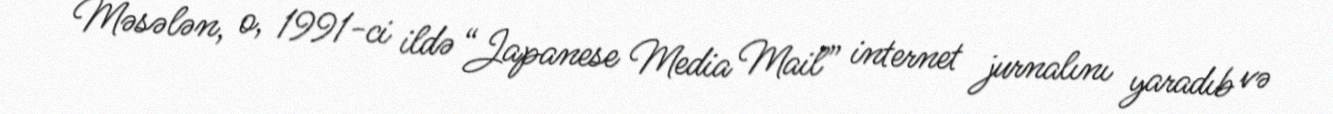
Məsələn, o, 1991-ci ildə “Japanese Media Mail” internet jurnalını yaradıb və